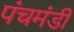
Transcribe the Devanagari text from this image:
पंचमंडी